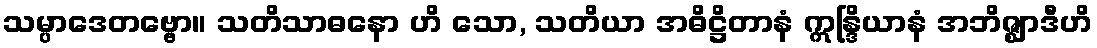
သမ္ပာဒေတဗ္ဗော။ သတိသာဓနော ဟိ သော, သတိယာ အဓိဋ္ဌိတာနံ ဣန္ဒြိယာနံ အဘိဇ္ဈာဒီဟိ